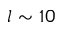
l \sim 1 0